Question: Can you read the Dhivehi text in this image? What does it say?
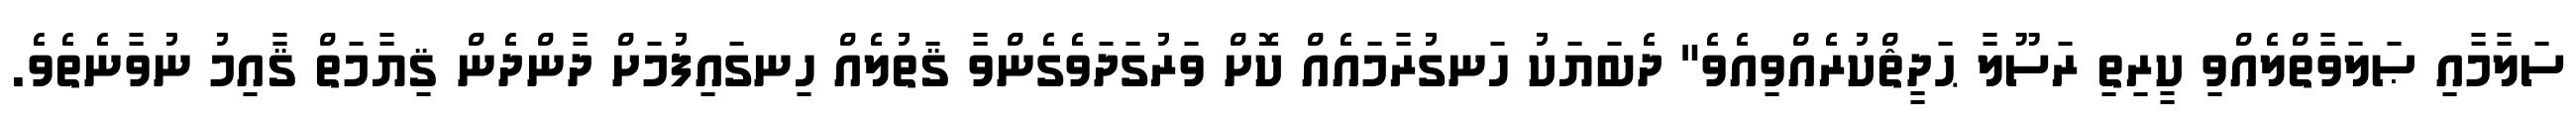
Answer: ސަލާމާއި ޞަލަވާތްލެއްވި ކީރިތި ރަސޫލާ ޙަދީޘްކުރެއްވިއެވެ" ދެބަޔަކު ހަނގުރާމައެއް ކޮށް ވަރުގަދަވެގެންވާ ޤަތުލެއް ހިނގައިފުމަށް ދާންދެން ޤިޔާމަތް ޤާއިމު ނުވާނެތެވެ.